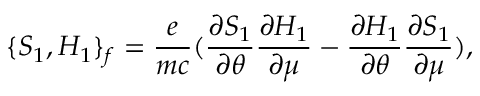
\{ S _ { 1 } , H _ { 1 } \} _ { f } = \frac { e } { m c } ( \frac { \partial S _ { 1 } } { \partial \theta } \frac { \partial H _ { 1 } } { \partial \mu } - \frac { \partial H _ { 1 } } { \partial \theta } \frac { \partial S _ { 1 } } { \partial \mu } ) ,